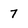
Character: 7